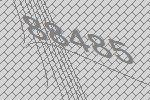
88485